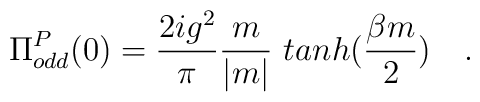
\Pi_{odd}^{P}(0) = \frac {2ig^2}{\pi}\frac{m}{|m|} ~tanh(\frac {\beta m}{2}) ~~~.